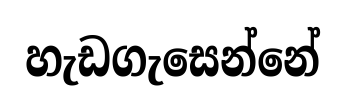
හැඩගැසෙන්නේ